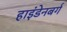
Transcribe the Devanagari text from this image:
हाइंडेनबर्ग